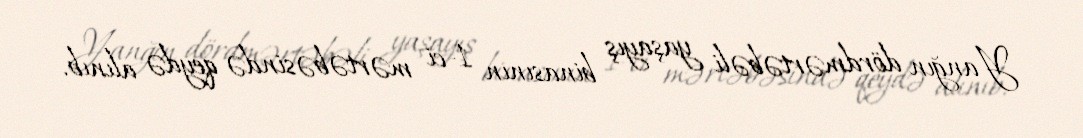
Yanğın dördmərtəbəli yaşayış binasının 1-ci mərtəbəsində qeydə alınıb.